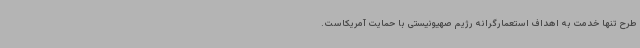
طرح تنها خدمت به اهداف استعمارگرانه رژیم صهیونیستی با حمایت آمریکاست.